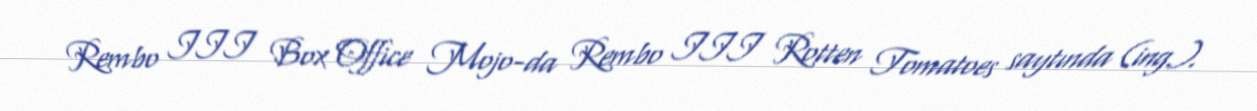
Rembo III Box Office Mojo-da Rembo III Rotten Tomatoes saytında (ing.).